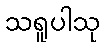
သရူပါသု